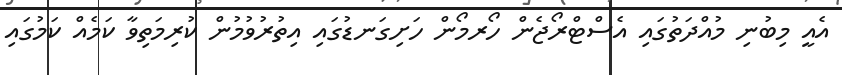
އެއީ މިބުނި މުއްދަތުގައި އެސްޓްރޯޖެން ހޯރމޯން ހަށިގަނޑުގައި އިތުރުވުމުން ކުރިމަތިވާ ކަމެއް ކަމުގައި